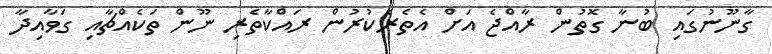
ގާނޫނުގައި ބުނާ ގޮތުން ރާއްޖެ އަށް އެތެރެކުރުން ރައްކާތެރި ނޫން ތަކެއްޗާއި ގަވާއިދާ